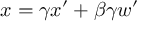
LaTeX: x = \gamma x ^ { \prime } + \beta \gamma w ^ { \prime }